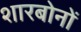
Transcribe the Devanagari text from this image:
शारबोनों